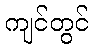
ကျင်တွင်